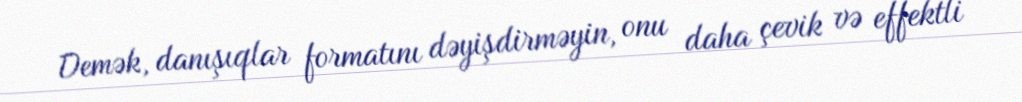
Demək, danışıqlar formatını dəyişdirməyin, onu daha çevik və effektli